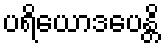
ပရိယောဒပေန္တိ